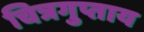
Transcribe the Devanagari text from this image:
चित्रगुप्ताय